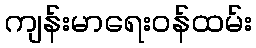
ကျန်းမာရေးဝန်ထမ်း